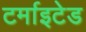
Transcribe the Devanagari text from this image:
टर्माइटेड